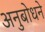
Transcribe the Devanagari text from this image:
अनुबोधने